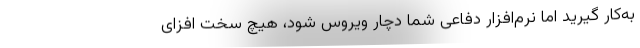
به‌کار گیرید امّا نرم‌افزار دفاعی شما دچار ویروس شود، هیچ سخت افزای